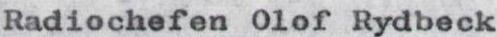
Radiochefen Olof Rydbeck